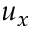
u _ { x }